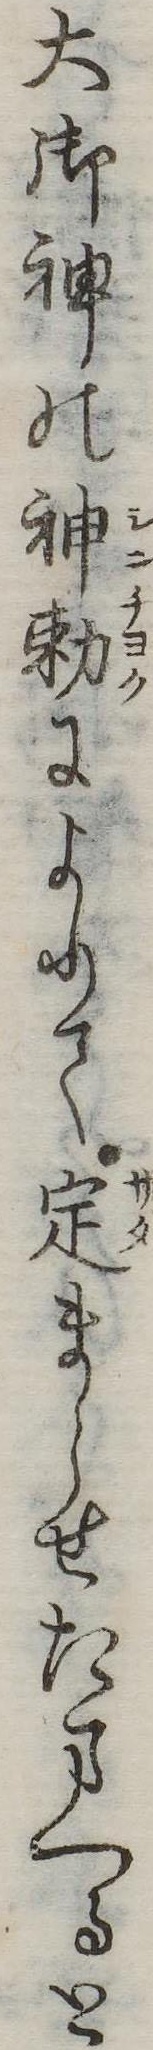
大御神の神勅によりて定まらせたまへると